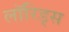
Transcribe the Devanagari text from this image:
लॉरिड्स